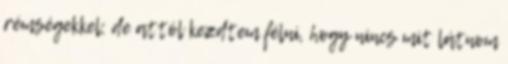
rémségekkel; de attól kezdtem félni, hogy nincs mit látnom